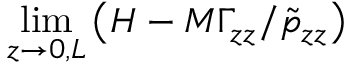
\operatorname* { l i m } _ { z \rightarrow 0 , L } \left( H - M \Gamma _ { z z } / \tilde { p } _ { z z } \right)